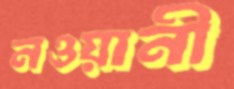
নওয়ানী